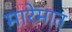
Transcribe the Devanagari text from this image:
मारेमात